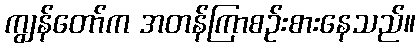
ကျွန်တော်က အတန်ကြာစဉ်းစားနေသည်။